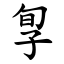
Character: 㝁